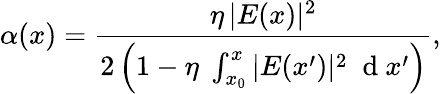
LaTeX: \alpha(x)=\frac{\eta\, |E(x)|^{2}}{2\left(1-\eta\; \int_{x_{0}}^{x}|E(x^{\prime})|^{2}\; \mathrm{~d~}x^{\prime}\right)},